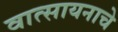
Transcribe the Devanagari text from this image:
वात्सायनाचे